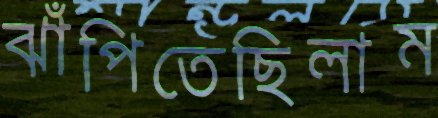
ঝাঁপিতেছিলাম